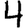
Digit: 4